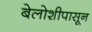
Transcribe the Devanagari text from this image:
बेलोशीपासून